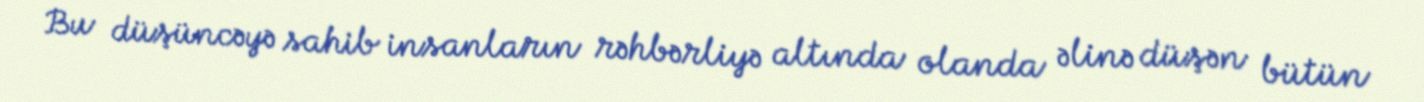
Bu düşüncəyə sahib insanların rəhbərliyə altında olanda əlinə düşən bütün